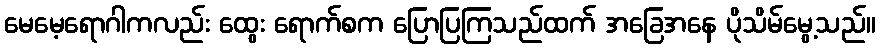
မေမေ့ရောဂါကလည်း ထွေး ရောက်စက ပြောပြကြသည်ထက် အခြေအနေ ပိုသိမ်မွေ့သည်။